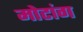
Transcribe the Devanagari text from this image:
मोटांग